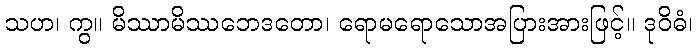
သဟ၊ ကွ။ မိဿာမိဿဘေဒတော၊ ရောမရောသောအပြားအားဖြင့်။ ဒုဝိဓံ၊